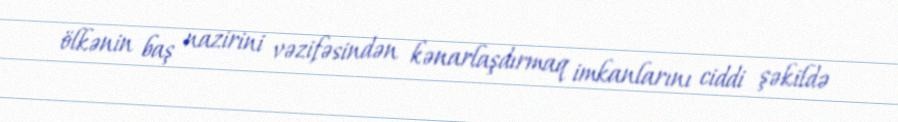
ölkənin baş nazirini vəzifəsindən kənarlaşdırmaq imkanlarını ciddi şəkildə